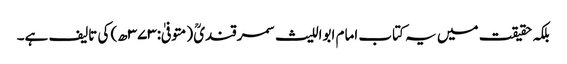
بلکہ حقیقت میں یہ کتاب امام ابواللیث سمرقندیؒ (متوفیٰ:۳۷۳ھ) کی تالیف ہے۔